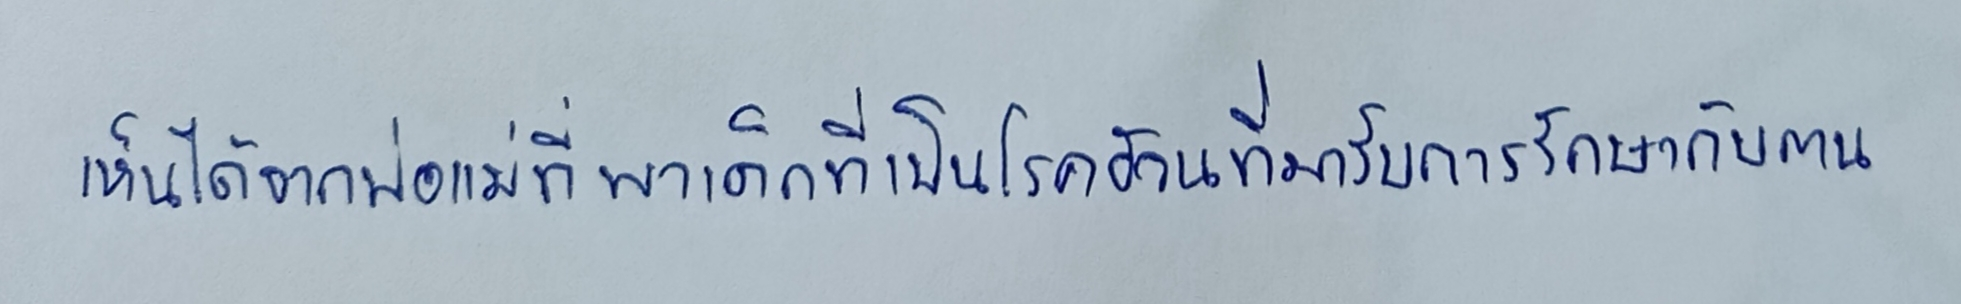
เห็นได้จากพ่อแม่ที่พาเด็กที่เป็นโรคอ้วนที่มารับการรักษากับตน